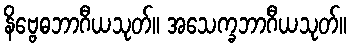
နိဗ္ဗေဓဘာဂီယသုတ်။ အသေက္ခဘာဂီယသုတ်။